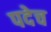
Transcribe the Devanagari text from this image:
पदेच